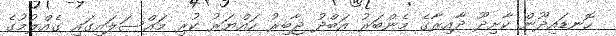
ހޮނޑައިދޫން ކާށިދޫ ދާއިރާގެ މެންބަރު އަބްދު ޖާބިރު ހައްޔަރު ކުރި މައްސަލައިގައި ގެއްލުމުގެ